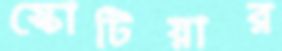
স্কোটিয়ার